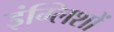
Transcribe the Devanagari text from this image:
इंग्लिशों